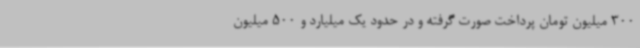
300 میلیون تومان پرداخت صورت گرفته و در حدود یک میلیارد و 500 میلیون